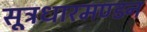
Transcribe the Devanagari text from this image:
सूत्रधारमण्डन